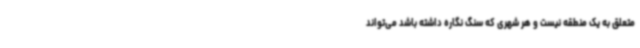
متعلق به یک منطقه نیست و هر شهری که سنگ نگاره داشته باشد می‌تواند